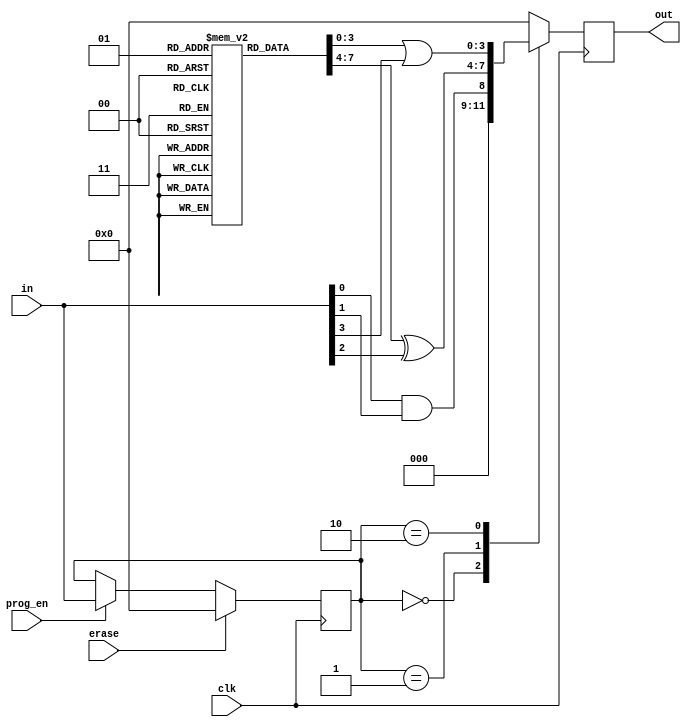
module EPLD (
    input  wire [3:0]  in,         // 4-bit input
    input  wire        clk,         // Clock signal
    input  wire        prog_en,     // Programming enable signal
    input  wire        erase,       // Erase signal
    output wire [3:0] out          // 4-bit output
);

// Internal signals
reg [3:0] lut [0:1];              // LUTs storing logic functions
reg [3:0] configuration_memory;   // Configuration memory
reg [3:0] logic_out;              // Logic block output
reg [3:0] erased_state;           // State after erase

// IOBs - Input/Output Blocks simulation.
reg [3:0] iob_in;                 // IOB inputs
reg [3:0] iob_out;                // IOB outputs

// Configuration memory initialization
initial begin
    // Default configuration for LUTs
    lut[0] = 4'b0001; // Example LUT function
    lut[1] = 4'b0010; // Another LUT function
    configuration_memory = 4'b0000; // Default configuration 
    erased_state = 4'b0000; // Default erased state
end

// Combine outputs from LUTs based on configuration
always @(*) begin
    case (configuration_memory)
        4'b0000: logic_out = in[0] & in[1]; // Example logic function 1
        4'b0001: logic_out = lut[0] ^ in[2]; // Example logic function 2
        4'b0010: logic_out = lut[1] | in[3]; // Example logic function 3
        default: logic_out = 4'b0000; // Default case
    endcase
end

// IOB functionality
always @(posedge clk) begin
    if (prog_en) begin
        // Programming new configurations
        configuration_memory <= in; // Example: Programming a new function
    end

    if (erase) begin
        // Erase the configuration memory
        configuration_memory <= erased_state; // Reset to default
    end

    // Assign output from the logic block to IOB output
    iob_out <= logic_out;
end

// Assign IOB output to the output port
assign out = iob_out;

endmodule